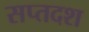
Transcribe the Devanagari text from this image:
सप्तदश